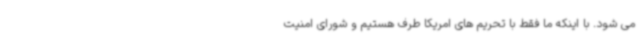
می شود. با اینکه ما فقط با تحریم های امریکا طرف هستیم و شورای امنیت